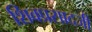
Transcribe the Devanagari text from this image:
शिवप्रसादजी